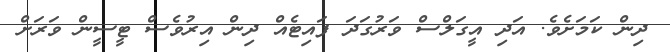
ދިން ކަމަށެވެ. އަދި އީގަލްސް ވަރުގަދަ ފައިޓެއް ދިން އިރުވެސް ޓީސީން ވަރަށް